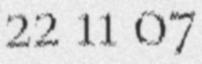
22 11 07